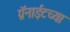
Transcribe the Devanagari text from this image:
ग्रॅनाईटच्या